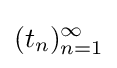
(t_{n})_{n=1}^{\infty }